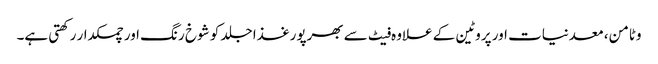
وٹامن، معدنیات اور پروٹین کے علاوہ فیٹ سے بھرپورغذا جلد کو شوخ رنگ اور چمکدار رکھتی ہے۔